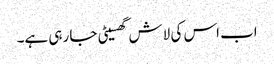
اب اس کی لاش گھسیٹی جا رہی ہے۔